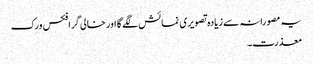
یہ مصورانہ سے زیادہ تصویری نمائش لگے گا اور خالی گرافکس ورک
معذرت۔